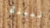
نبيلة